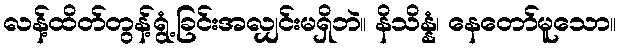
လန့်ထိတ်တွန့်ရွံ့ခြင်းအလျှင်းမရှိဘဲ။ နိသိန္နံ၊ နေတော်မူသော။